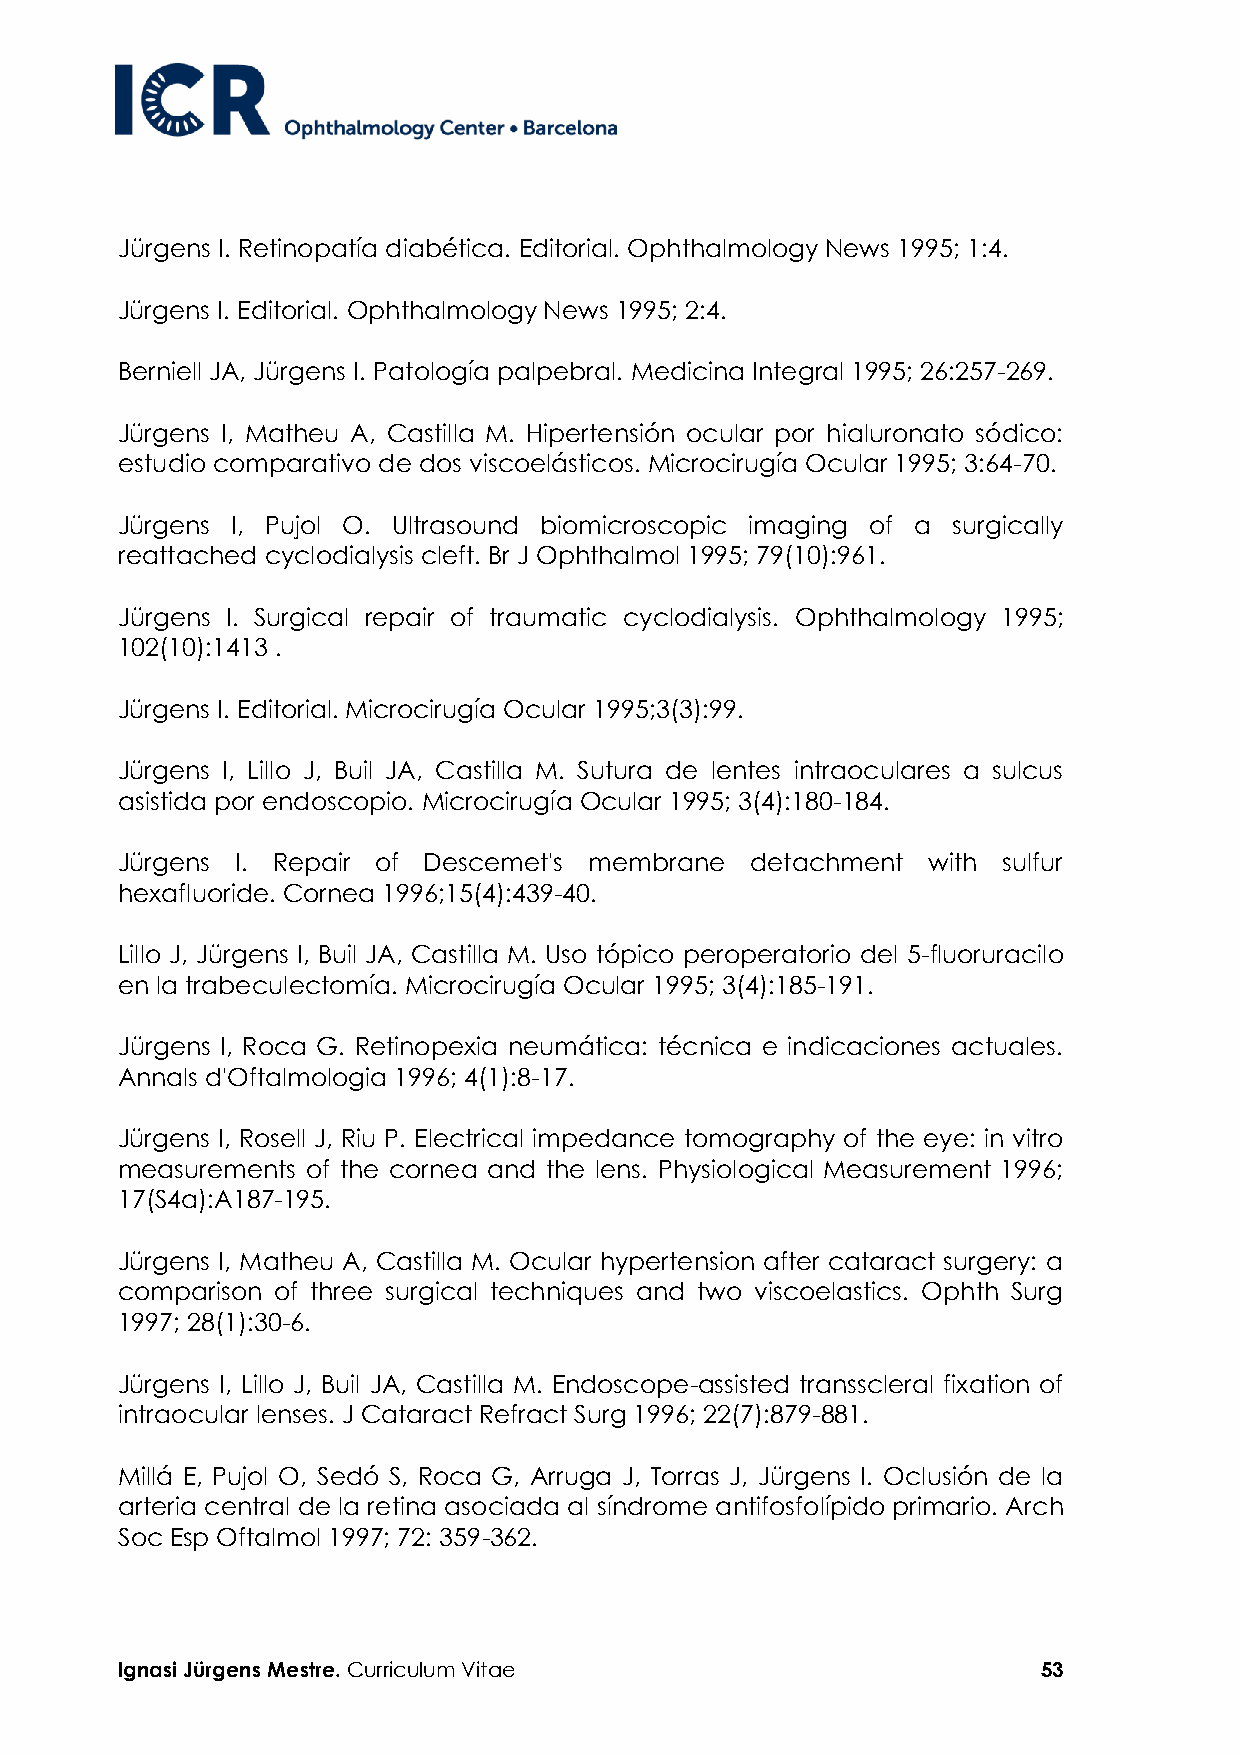
Jürgens I. Retinopatía diabética. Editorial. Ophthalmology News 1995; 1:4.
 Jürgens I. Editorial. Ophthalmology News 1995; 2:4.
 Berniell JA, Jürgens I. Patología palpebral. Medicina Integral 1995; 26:257-269.
 Jürgens I, Matheu A, Castilla M. Hipertensión ocular por hialuronato sódico:
 estudio comparativo de dos viscoelásticos. Microcirugía Ocular 1995; 3:64-70.
 Jürgens I, Pujol O. Ultrasound biomicroscopic imaging of a surgically
 reattached cyclodialysis cleft. Br J Ophthalmol 1995; 79(10):961.
 Jürgens I. Surgical repair of traumatic cyclodialysis. Ophthalmology 1995;
 102(10):1413 .
 Jürgens I. Editorial. Microcirugía Ocular 1995;3(3):99.
 Jürgens I, Lillo J, Buil JA, Castilla M. Sutura de lentes intraoculares a sulcus
 asistida por endoscopio. Microcirugía Ocular 1995; 3(4):180-184.
 Jürgens I. Repair of Descemet's membrane  detachment with sulfur
 hexafluoride. Cornea 1996;15(4):439-40.
 Lillo J, Jürgens I, Buil JA, Castilla M. Uso tópico peroperatorio del 5-fluoruracilo
 en la trabeculectomía. Microcirugía Ocular 1995; 3(4):185-191.
 Jürgens I, Roca G. Retinopexia neumática: técnica e indicaciones actuales.
 Annals d'Oftalmologia 1996; 4(1):8-17.
 Jürgens I, Rosell J, Riu P. Electrical impedance tomography of the eye: in vitro
 measurements of the cornea and the lens. Physiological Measurement 1996;
 17(S4a):A187-195.
 Jürgens I, Matheu A, Castilla M. Ocular hypertension after cataract surgery: a
 comparison of three surgical techniques and two viscoelastics. Ophth Surg
 1997; 28(1):30-6.
 Jürgens I, Lillo J, Buil JA, Castilla M. Endoscope-assisted transscleral fixation of
 intraocular lenses. J Cataract Refract Surg 1996; 22(7):879-881.
 Millá E, Pujol O, Sedó S, Roca G, Arruga J, Torras J, Jürgens I. Oclusión de la
 arteria central de la retina asociada al síndrome antifosfolípido primario. Arch
 Soc Esp Oftalmol 1997; 72: 359-362.
 Ignasi Jürgens Mestre. Curriculum Vitae                      53